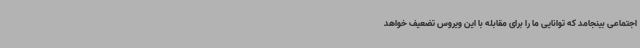
اجتماعی بینجامد که توانایی ما را برای مقابله با این ویروس تضعیف خواهد